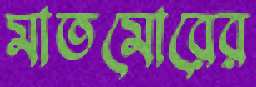
মাতমোরের